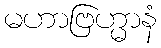
မဟာဗြဟ္မာနံ